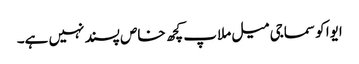
ایوا کو سماجی میل ملاپ کچھ خاص پسند نہیں ہے۔